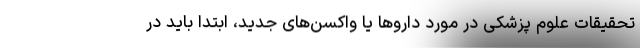
تحقیقات علوم پزشکی در مورد دارو‌ها یا واکسن‌های جدید، ابتدا باید در